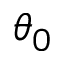
\theta _ { 0 }